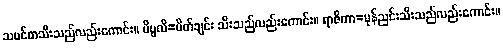
သမင်စာသီးသည်လည်းကောင်း။ ပိပ္ဖလိ=ပိတ်ချင်း သီးသည်လည်းကောင်း။ ရာဇိကာ=မုန်ညင်းသီးသည်လည်းကောင်း။